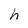
Character: h